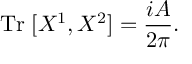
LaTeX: \mathrm { T r } \; [ X ^ { 1 } , X ^ { 2 } ] = \frac { i A } { 2 \pi } .